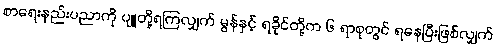
စာရေးနည်းပညာကို ပျူတို့ရကြလျှက် မွန်နှင့် ရခိုင်တို့က ၆ ရာစုတွင် ရနေပြီးဖြစ်လျှက်